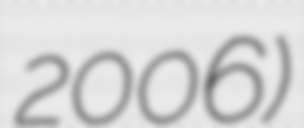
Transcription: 2006)